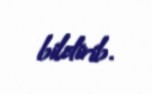
bildirib.